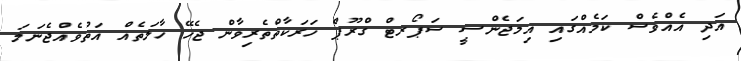
އަދި އެއްވެސް ކަމެއްގައި އިމަޖެންސީ ސަޕޯރޓް ގްރޫޕް ހަރަކާތްތެރިވާން ޖެހޭ ހާލަތެއް އަތުވެއްޖެނަމަ